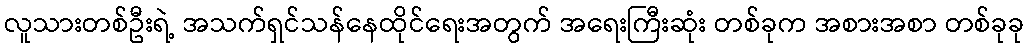
လူသားတစ်ဦးရဲ့ အသက်ရှင်သန်နေထိုင်ရေးအတွက် အရေးကြီးဆုံး တစ်ခုက အစားအစာ တစ်ခုခု